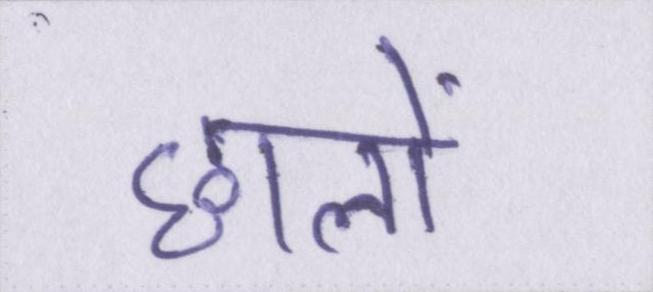
छालों